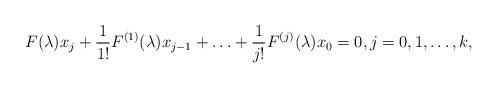
LaTeX: \begin{align*}F(\lambda)x_j + \frac{1}{1!} F^{(1)}(\lambda)x_{j-1}+ \ldots + \frac{1}{j!} F^{(j)}(\lambda) x_0 = 0, j = 0, 1, \ldots, k,\end{align*}